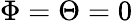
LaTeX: \Phi=\Theta=0